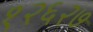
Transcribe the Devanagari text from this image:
१२६२७